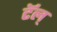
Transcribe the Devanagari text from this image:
टॅल्